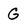
Character: G